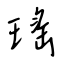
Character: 瑤